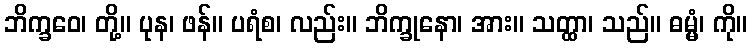
ဘိက္ခဝေ၊ တို့။ ပုန၊ ဖန်။ ပရံစ၊ လည်း။ ဘိက္ခုနော၊ အား။ သတ္ထာ၊ သည်။ ဓမ္မံ၊ ကို။